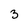
Character: 3